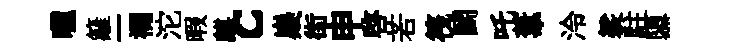
曬籬一襴沱暇麒c嶷街申啓若筏鬬吒葦泠裟駐隳